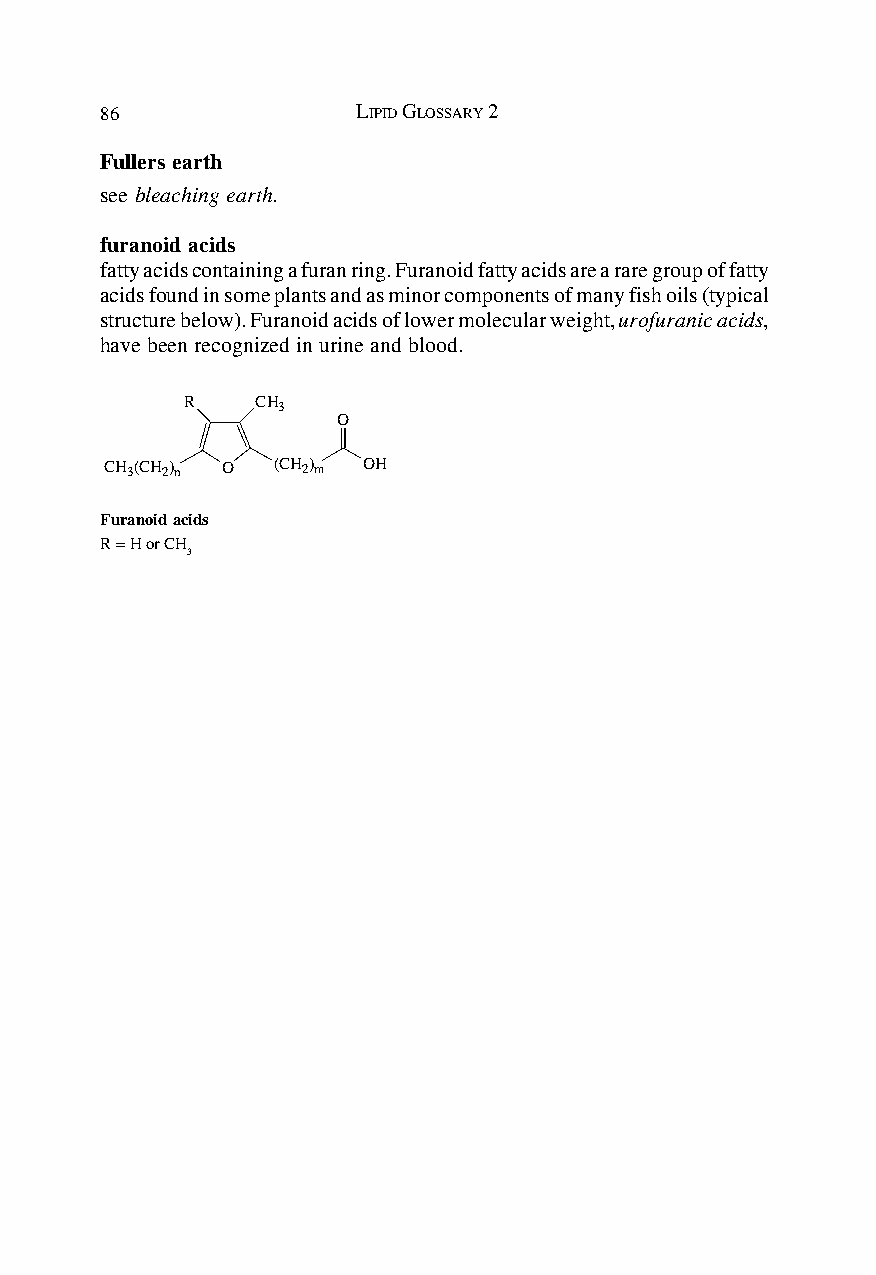
86               LIPID GLOSSARY 2
 Fullers earth
 see bleaching earth.
 furanoid acids
 fatty acids containing a furan ring. Furanoid fatty acids are a rare group of fatty
 acids found in some plants and as minor components of many fish oils (typical
 structure below). Furanoid acids of lower molecular weight, urofuranic acids,
 have been recognized in urine and blood.
 R    CH
 3
 O
 CH 3(CH 2) n O (CH 2) m OH
 Furanoid acids
 R = H or CH
 3